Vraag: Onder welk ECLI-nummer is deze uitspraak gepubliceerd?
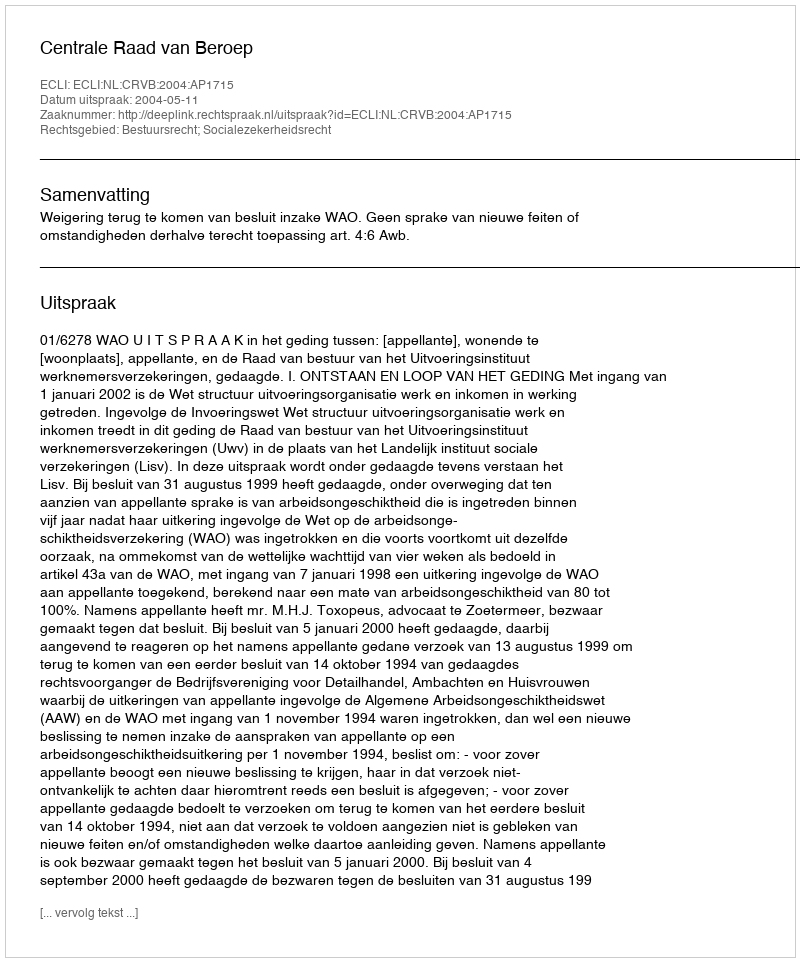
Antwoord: ECLI:NL:CRVB:2004:AP1715